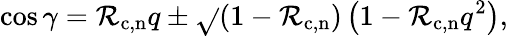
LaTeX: \cos\gamma=\mathcal{R}_{\mathrm{{c,n}}}q\pm\sqrt{}{{\left(1-\mathcal{R}_{\mathrm{{c,n}}}\right)\left(1-\mathcal{R}_{\mathrm{{c,n}}}q^{2}\right)}},